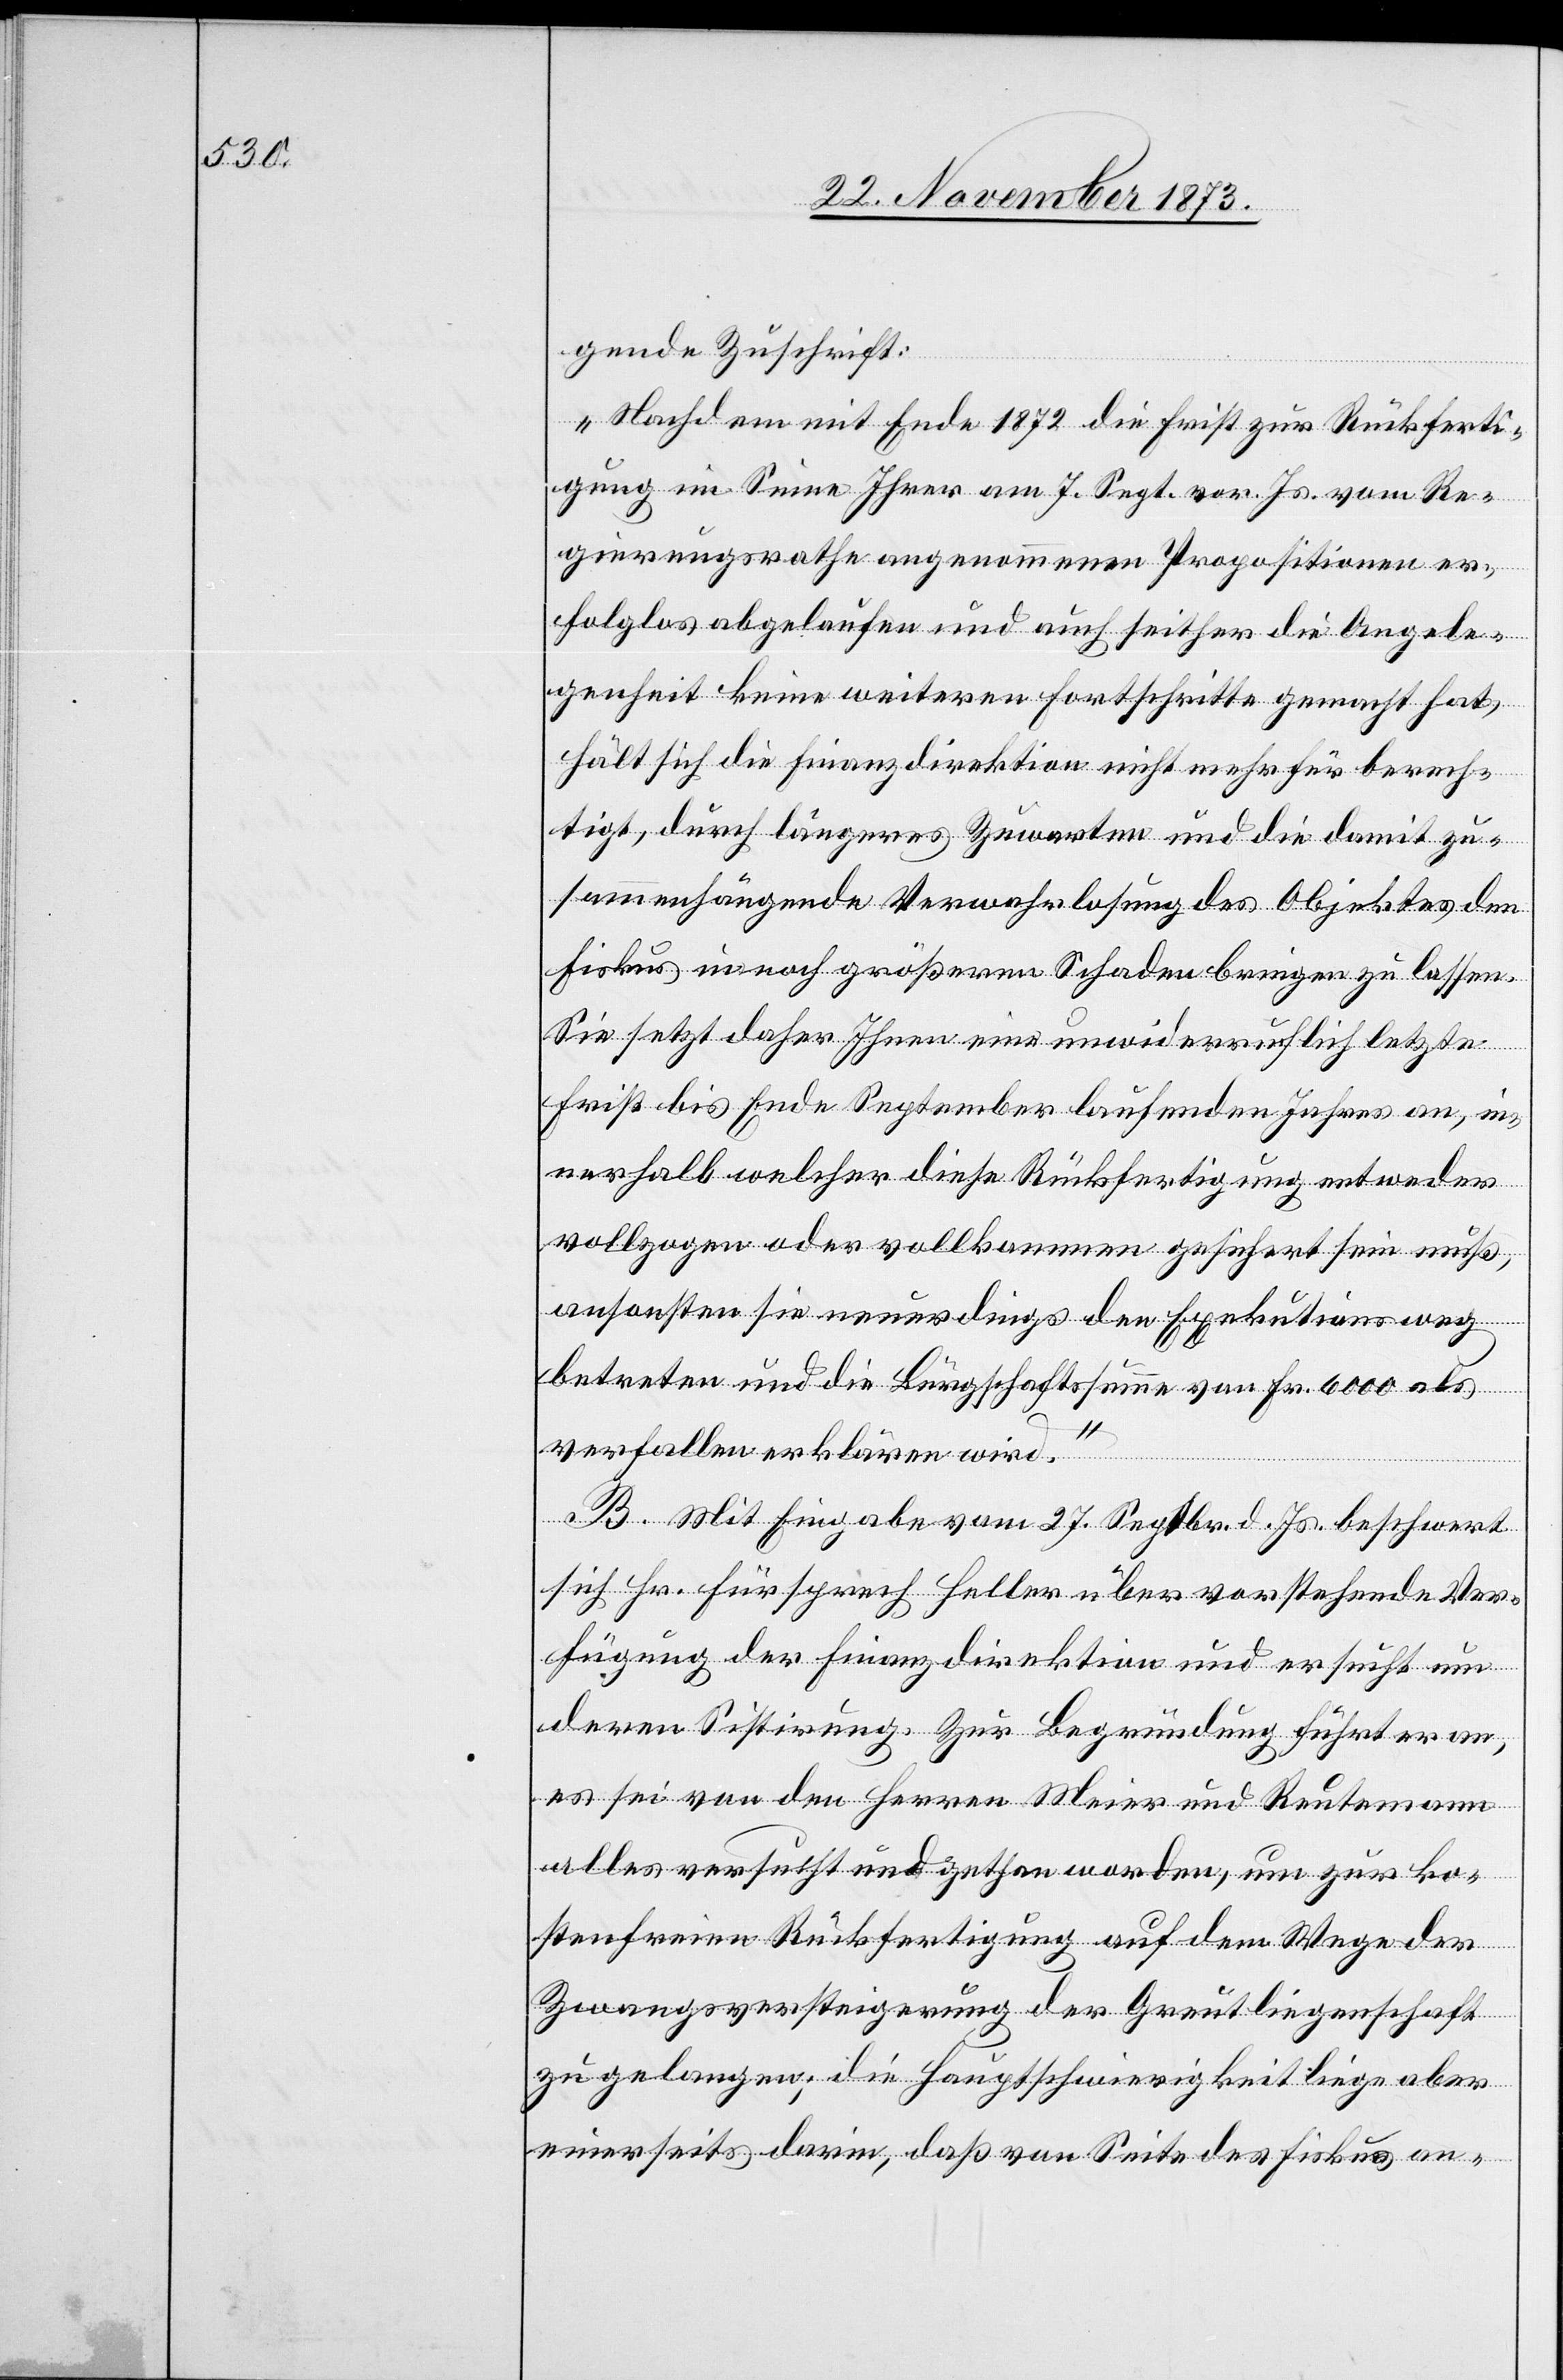
gende Zuschrift:
„Nachdem mit Ende 1872 die Frist zur Rückferti¬
gung im Sinne Ihrer am 7. Sept. vor. Js. vom Re¬
gierungsrathe angenommenen Propositionen er¬
folglos abgelaufen und auch seither die Angele¬
genheit keine weiteren Fortschritte gemacht hat,
hält sich die Finanzdirektion nicht mehr für berech¬
tigt, durch längeres Zuwarten und die damit zu¬
sammenhängende Verwahrlosung des Objektes den
Fiskus in noch größeren Schaden bringen zu lassen.
Sie setzt daher Ihnen eine unwiderruflich letzte
Frist bis Ende September laufenden Jahres an, in¬
nerhalb welcher diese Rückfertigung entweder
vollzogen oder vollkommen gesichert sein muß,
ansonsten sie neuerdings den Exekutionsweg
betreten und die Bürgschaftssumme von Fr. 6 000 als
verfallen erklären wird.“
B. Mit Eingabe vom 27. Septbr. d. Js. beschwert
sich Hr. Fürsprech Heller über vorstehende Ver¬
fügung der Finanzdirektion und ersucht um
deren Sistirung. Zur Begründung führt er an,
es sei von den Herren Meier und Reutemann
alles versucht und gethan worden, um zur ko¬
stenfreien Rückfertigung auf dem Wege der
Zwangsversteigerung der Greutliegenschaft
zu gelangen; die Hauptschwierigkeit liege aber
einerseits darin, daß von Seite des Fiskus an-